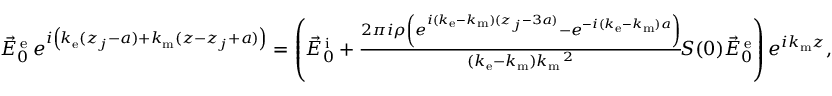
\begin{array} { r } { \vec { E } _ { 0 } ^ { \mathrm { \, e } } \, e ^ { i \left( k _ { \mathrm { e } } ( z _ { j } - a ) + k _ { \mathrm { m } } ( z - z _ { j } + a ) \vphantom { b ^ { 2 } } \right) } = \left( \vec { E } _ { 0 } ^ { \mathrm { \, i } } + \frac { 2 \pi i \rho \left( e ^ { i ( k _ { \mathrm { e } } - k _ { \mathrm { m } } ) ( z _ { j } - 3 a ) } - e ^ { - i ( k _ { \mathrm { e } } - k _ { \mathrm { m } } ) a } \right) } { ( k _ { \mathrm { e } } - k _ { \mathrm { m } } ) k _ { \mathrm { m } } \, \! \! \, \! \, \, \! \, \, \! \! \, \! \, \, \! \! \, \! \! \, \! \, \, \! \! \, \! \! \, \! \, \, \! \, \, \! \! \, \! \, \, \! \! \, \! \! \, \! \, \, \! \, \, \! \! \, \! \, \, \! \, \, \! \! \, \! \, \, \! \! \, \! \! \, \! \, \, \! \, \, \! \! \, \! \, \, \! \, \, \! \! ^ { 2 } } \, \! \! \, \! \, \, \! \, \, \! \! \, \! \, \, \! \! \, \! \! \, \! \, \, \! \! \, \! \! \, \! \, \, \! \, \, \! \! \, \! \, \, \! \! \, \! \! \, \! \, \, \! \, \, \! \! \, \! \, \, \! \! S ( 0 ) \vec { E } _ { 0 } ^ { \mathrm { \, e } } \right) e ^ { i k _ { \mathrm { m } } z } , } \end{array}